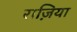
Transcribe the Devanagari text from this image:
राज़िया